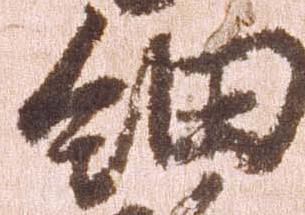
細